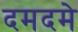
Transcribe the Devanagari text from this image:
दमदमे